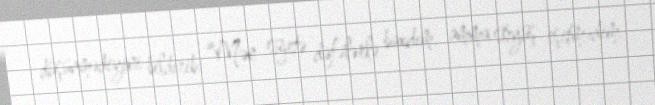
düşünmədiyini bildirib: “Mən süjetə dəfələrlə baxdım, amma söyüş eşitmədim.